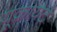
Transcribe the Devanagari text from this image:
यूक्रायेटे